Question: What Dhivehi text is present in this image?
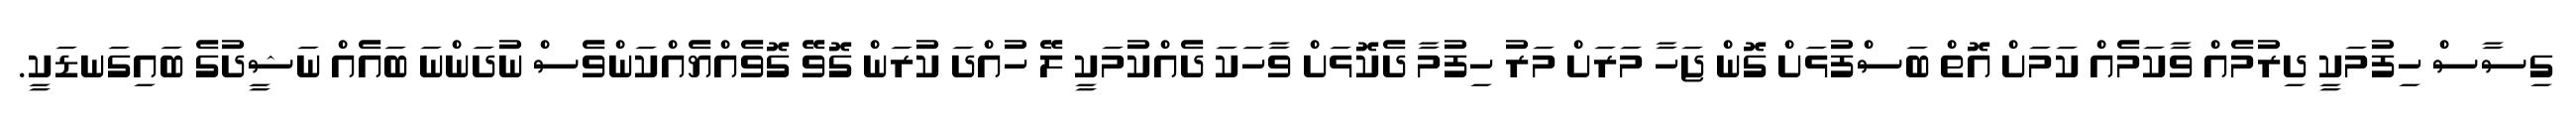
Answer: ގިސާސް ހިފުމަކީ ދިރުމެއް ވާކަމެއް ކަމަށް އޮތް ބަސްފުޅަށް ގޮން ޖަހާ މަރަށް މަރު ހިފުމާ ދެކޮޅަށް ވާހަކަ ދެއްކުމަކީ ލޭ ހުއްދަ ކުރަން ގޮވޭ ގޮވެއްޔެއްކަންވެސް ނުދަންނަ ބައެއް ނަޝީދުގެ ބައިގަނޑަކީ.